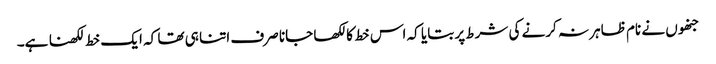
جنھوں نے نام ظاہر نہ کرنے کی شرط پر بتایا کہ اس خط کا لکھا جانا صرف اتنا ہی تھا کہ ایک خط لکھنا ہے۔